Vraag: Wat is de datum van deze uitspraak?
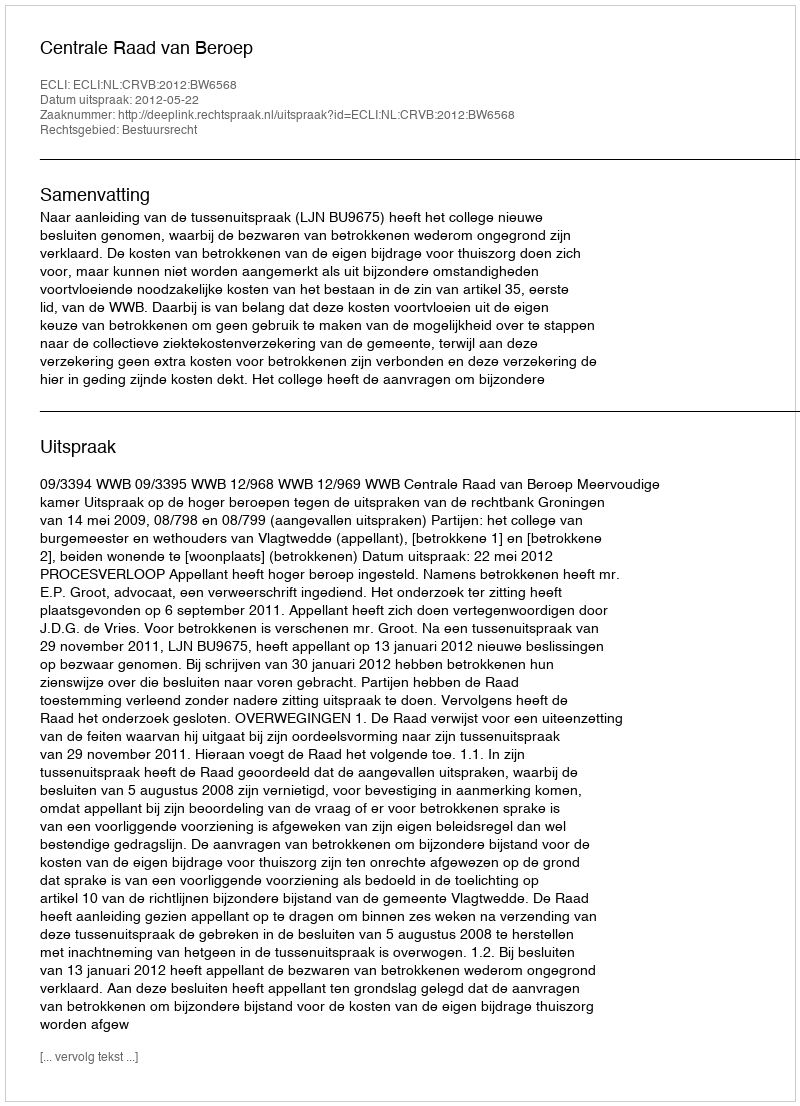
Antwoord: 2012-05-22